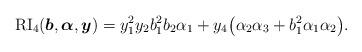
LaTeX: \begin{gather*}{\rm RI}_4({\boldsymbol{b}},{\boldsymbol{\alpha}},{\boldsymbol{y}})= {y_1^2 y_2} b_1^2 b_2 \alpha_1+{y_4} \big(\alpha_2 \alpha_3+b_1^2 \alpha_1 \alpha_2\big).\end{gather*}